Statistical return of the lunatic asylum in Assam - 1912-1932
Year: 1912
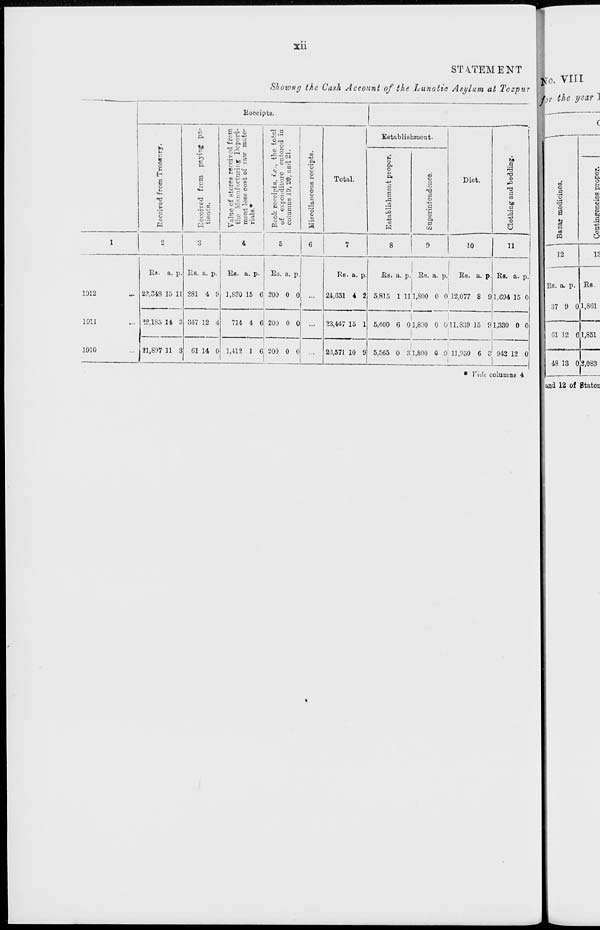
XI1
STATEMENT
Shown// the Cash Account of the Lunatic Asylum at Tezpur
lo. VIII
for the year ]
Eaceipta.
u
0
s
s
EH
a o u
•n
1 o
<D
M
Pi
M
'&
a o
v .
!> CO
"o a
o ©
O W-g
** c-. cj
"Sfi
'o kog
^ g O
h !< O
oo c 3
° *? ~ »
£33 B'S
o
S3
•So *
-U .rl
.
"o B,_l
C 2 00
21"! ., ° a
•%, -5
« = °
00
'o e
o
00
6
2
J5
c
Total.
Establishment.
Diet.
Clothing and bedding.
Establishment proper,
Superintendence.
1
o
3
4
5
6
7
8
9
10
11
!
1912
Ed. a. p.
22,348 15 11
Es. a. p.
281 4 f<
EB. a. p.
1,830 15 6
Es. a. p.
200 0 0
Re. a. p.
24,651 4 2
i
1
Es. a. p. Es. a. p.
Es. a. p.
5.815 1 111,800 0 0 12,077 S 9
I
Es. a. p.
1,694 15 0
1911
!2,185 14 S 347 12 4
714 4 C 200 0 0
23,447 15 1
1
5,400 6 01.8TO 0 011,839 15 9 1,330 0 0
1910
31,807 11 a Gl 14 ( 1,41? 1 G 200 0 0
23,571 10 9 5,565 0 31,800 0 0 11,050 6 3
1
i
942 12 0
1
(
* Vide columns 4
M
O
Pi
0
ID
H
8
P.
|
CD
«
CO
TS
0
a>
d
a
0
bt
9
a
N
&
ft
0
m
u
and 12 of Btatoc